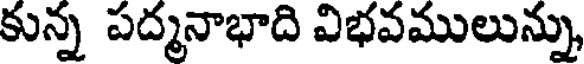
కున్న పద్మనాభాది విభవములున్ను,